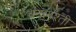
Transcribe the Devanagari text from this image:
चनागश्ती